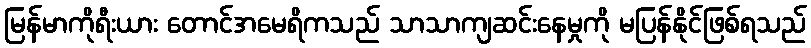
မြန်မာကိုရီးယား တောင်အမေရိကသည် သာသာကျဆင်းနေမှုကို မပြန်နိုင်ဖြစ်ရသည်